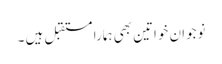
نوجوان خواتین بھی ہمارا مستقبل ہیں ۔